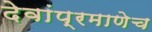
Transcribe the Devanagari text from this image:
देवांप्रमाणेच